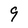
Character: 9